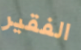
الفقير